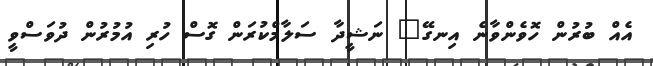
އެއް ބުރުން ހޮވެންވާނެ އިނގޭ" ނަޝީދާ ސަލާމްކުރަން ގޮސް ހުރި އުމުރުން ދުވަސްވީ